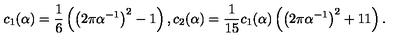
c _ { 1 } ( \alpha ) = \frac 1 6 \left( \left( 2 \pi \alpha ^ { - 1 } \right) ^ { 2 } - 1 \right) , c _ { 2 } ( \alpha ) = { \frac { 1 } { 1 5 } } c _ { 1 } ( \alpha ) \left( \left( 2 \pi \alpha ^ { - 1 } \right) ^ { 2 } + 1 1 \right) .